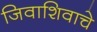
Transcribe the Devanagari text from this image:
जिवाशिवाचे